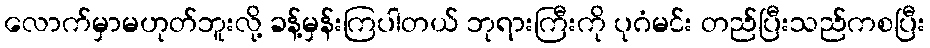
လောက်မှာမဟုတ်ဘူးလို့ ခန့်မှန်းကြပါတယ် ဘုရားကြီးကို ပုဂံမင်း တည်ပြီးသည်ကစပြီး